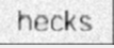
hecks